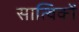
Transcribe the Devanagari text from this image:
सात्विकों